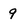
Character: 9